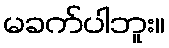
မခက်ပါဘူး။